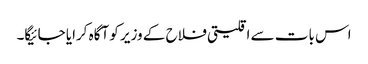
اس بات سے اقلیتی فلاح کے وزیر کو آگاہ کرایا جائیگا۔